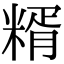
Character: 糈